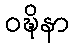
ဝဍ္ဎိနာ